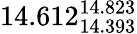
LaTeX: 14.612_{14.393}^{14.823}